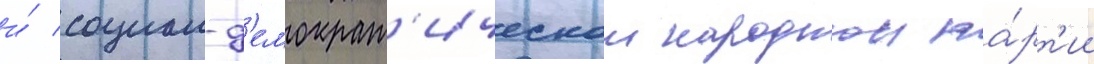
и́ социал-д'емократ'ическои народнои па́рт'ии